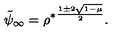
\tilde { \psi } _ { \infty } = { \rho ^ { * } } ^ { \frac { 1 \pm 2 \sqrt { 1 - \mu } } { 2 } } .